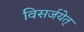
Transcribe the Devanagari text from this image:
विसर्जयेत्